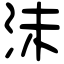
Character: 沬